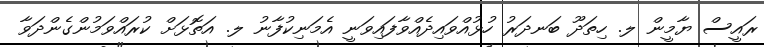
ރައީސް ޔާމީން ލ. ހިތަދޫ ބަނދަރު ހުޅުއްވައިދެއްވާފައިވަނީ އެމަނިކުފާނު ލ. އަތޮޅަށް ކުރައްވަމުންގެންދަވާ